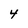
Character: 4